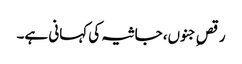
رقصِ جنوں، جاثیہ کی کہانی ہے۔